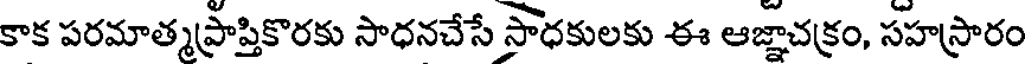
కాక పరమాత్మప్రాప్తికొరకు సాధనచేసే సాధకులకు ఈ ఆజ్ఞాచక్రం, సహస్రారం